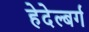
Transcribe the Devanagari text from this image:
हेदेल्बर्ग